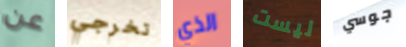
عن تخرجي الذي ليست جوسي